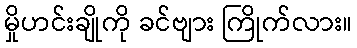
မှိုဟင်းချိုကို ခင်ဗျား ကြိုက်လား။